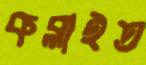
কব্‌লাইত